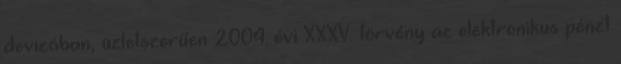
devizában, üzletszerűen 2004. évi XXXV. törvény az elektronikus pénzt